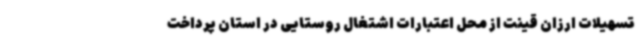
تسهیلات ارزان قینت از محل اعتبارات اشتغال روستایی در استان پرداخت